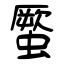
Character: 蟨